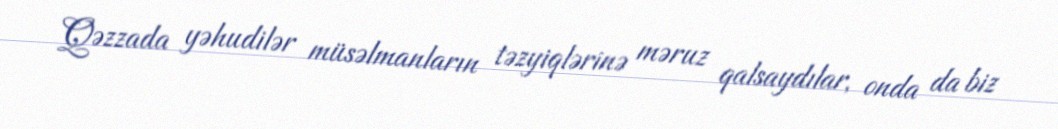
Qəzzada yəhudilər müsəlmanların təzyiqlərinə məruz qalsaydılar, onda da biz